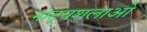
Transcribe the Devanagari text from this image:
नाट्यशलाओं